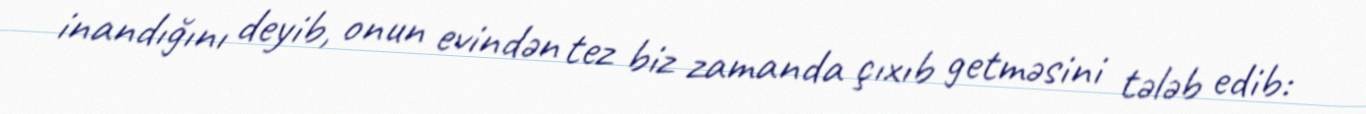
inandığını deyib, onun evindən tez biz zamanda çıxıb getməsini tələb edib: